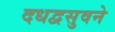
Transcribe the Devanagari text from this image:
दधद्वसुवने